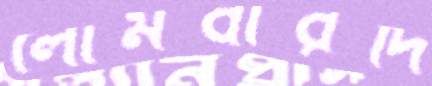
লোমবারদি